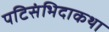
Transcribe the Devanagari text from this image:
पटिसंभिदाकथा